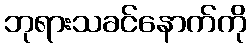
ဘုရားသခင်နောက်ကို